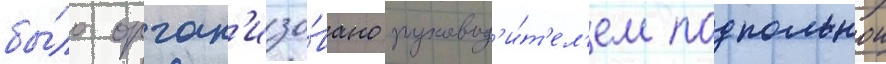
бы́ло орган'изо́вано руковод'и́т'ел'ем подпольнои